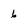
Character: 6